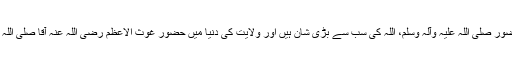
اس لئے میں نے کہا نبوت کی دُنیا میں حضور صلی اللہ علیہ وآلہ وسلم، اللہ کی سب سے بڑی شان ہیں اور ولایت کی دُنیا میں حضور غوث الاعظم رضی اللہ عنہ آقا صلی اللہ علیہ وآلہ وسلم کی سب سے بڑی شان ہیں۔